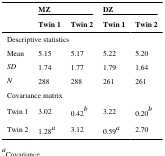
|  | <COLSPAN=2> MZ | <COLSPAN=2> DZ |
 |  | Twin 1 | Twin 2 | Twin 1 | Twin 2 |
 | --- | --- | --- | --- | --- |
 | <COLSPAN=5> Descriptive statistics |
 | Mean | 5.15 | 5.17 | 5.22 | 5.20 |
 | SD | 1.74 | 1.77 | 1.79 | 1.64 |
 | N | 288 | 288 | 261 | 261 |
 | <COLSPAN=5> Covariance matrix |
 | Twin 1 | 3.02 | 0.42b | 3.22 | 0.20b |
 | Twin 2 | 1.28a | 3.12 | 0.59a | 2.70 |